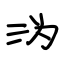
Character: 沩